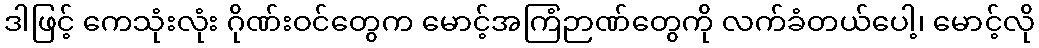
ဒါဖြင့် ကေသုံးလုံး ဂိုဏ်းဝင်တွေက မောင့်အကြံဉာဏ်တွေကို လက်ခံတယ်ပေါ့၊ မောင့်လို